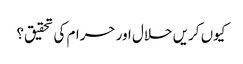
کیوں کریں حلال اور حرام کی تحقیق؟